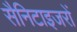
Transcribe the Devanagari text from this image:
सैनिटाइजरों